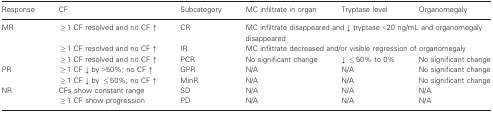
| Response | CF | Subcategory | MC infiltrate in organ | Tryptase level | Organomegaly |
 | --- | --- | --- | --- | --- | --- |
 | <ROWSPAN=3> MR | ≥1 CF resolved and no CF ↑ | CR | <COLSPAN=3> MC infiltrate disappeared and ↓ tryptase <20 ng/mL and organomegaly disappeared |
 | ≥1 CF resolved and no CF ↑ | IR | <COLSPAN=3> MC infiltrate decreased and/or visible regression of organomegaly |
 | ≥1 CF resolved and no CF ↑ | PCR | No significant change | ↓ ≤50% to 0% | No significant change |
 | <ROWSPAN=2> PR | ≥1 CF ↓ by >50%; no CF ↑ | GPR | N/A | N/A | No significant change |
 | ≥1 CF ↓ by ≤50%; no CF ↑ | MinR | N/A | N/A | No significant change |
 | <ROWSPAN=2> NR | CFs show constant range | SD | N/A | N/A | N/A |
 | ≥1 CF show progression | PD | N/A | N/A | N/A |